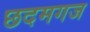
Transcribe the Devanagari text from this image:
छदमगज